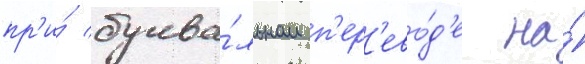
пр'и́ буква́льном п'ер'ево́д'е на́